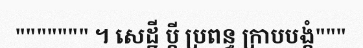
""""""" ។ សេដ្ឋី ប្តី ប្រពន្ធ ក្រាបបង្គំ"""